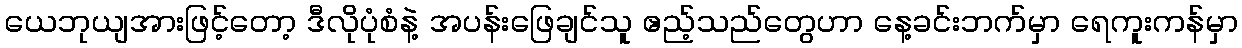
ယေဘုယျအားဖြင့်တော့ ဒီလိုပုံစံနဲ့ အပန်းဖြေချင်သူ ဧည့်သည်တွေဟာ နေ့ခင်းဘက်မှာ ရေကူးကန်မှာ